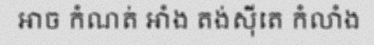
អាច កំណត់ អាំង តង់ស៊ីតេ កំលាំង